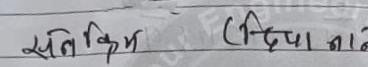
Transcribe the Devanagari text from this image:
सुने किस्म (दियानाने